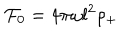
LaTeX: { \cal F } _ { 0 } = 4 \pi \omega l ^ { 2 } \rho _ { + }